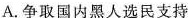
A.争取国内黑人选民支持